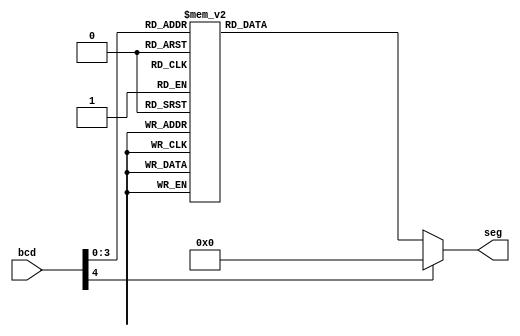
`timescale 1ns / 1ns

module seg(
bcd, seg
    );
input [4:0]bcd;
output reg [6:0]seg;

always@(bcd)begin
        case (bcd)
          0 : seg = 7'b1111110;
          1 : seg = 7'b0110000;
          2 : seg = 7'b1101101;
          3 : seg = 7'b1111001;
          4 : seg = 7'b0110011;
          5 : seg = 7'b1011011;
          6 : seg = 7'b0011111;
          7 : seg = 7'b1110000;
          8 : seg = 7'b1111111;
          9 : seg = 7'b1110011;
          default : seg = 7'b0000000;
        endcase
end
    
    
endmodule